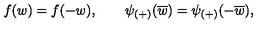
f ( w ) = f ( - w ) , \qquad \psi _ { ( + ) } ( \overline { { w } } ) = \psi _ { ( + ) } ( - \overline { { w } } ) ,